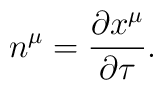
n^\mu =\frac{\partial x^\mu }{\partial \tau }.